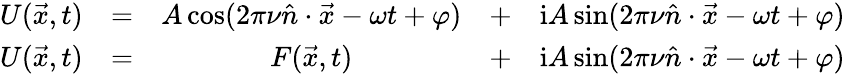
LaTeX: {\begin{array}{rcccc}{U({\vec{x}},t)}&{=}&{A\cos(2\pi\nu{\hat{n}}\cdot{\vec{x}}-\omega t+\varphi)}&{+}&{\mathrm{i}A\sin(2\pi\nu{\hat{n}}\cdot{\vec{x}}-\omega t+\varphi)}\\ {U({\vec{x}},t)}&{=}&{F({\vec{x}},t)}&{+}&{\mathrm{i}A\sin(2\pi\nu{\hat{n}}\cdot{\vec{x}}-\omega t+\varphi)}\end{array}}